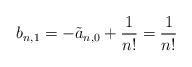
\begin{align*} b_{n,1}=-\tilde{a}_{n,0}+\frac{1}{n!}=\frac{1}{n!}\end{align*}